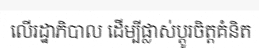
លើរដ្ឋាភិបាល ដើម្បីផ្លាស់ប្តូរចិត្តគំនិត